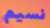
نسيم